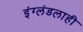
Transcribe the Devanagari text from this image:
इंग्लंडलाही